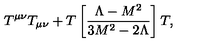
T ^ { \mu \nu } T _ { \mu \nu } + T \left[ \frac { \Lambda - M ^ { 2 } } { 3 M ^ { 2 } - 2 \Lambda } \right] T ,